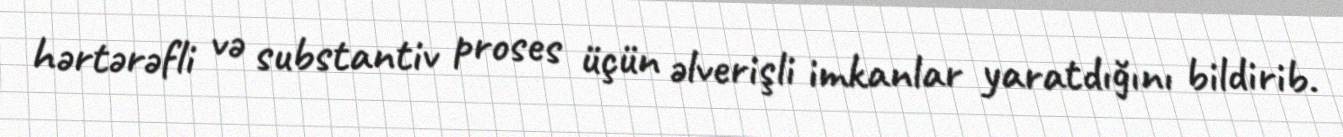
hərtərəfli və substantiv proses üçün əlverişli imkanlar yaratdığını bildirib.